Civil Veterinary Dept. North-West Frontier Province 1901-22 - 1901-1922
Year: 1901
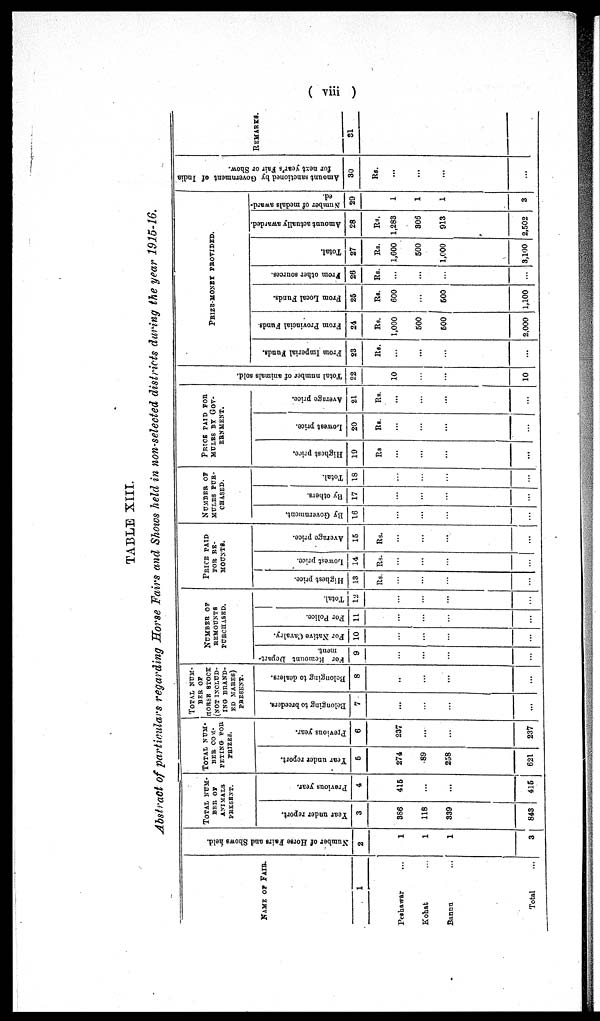
( viii )
TABLE XIII.
Abstract of particulars regarding Horse Fairs and Shows held in non-selected districts during the year 1915-16.
NAME OF FAIR.
1
Peshawar ...
Kohat ...
Banna
...
Total
...
Number
of Horse Faire and Shows held.
2
1
1
1
3
TOTAL NUM-
BER OF
ANIMALS
PRESENT.
Year under report.
3
386
118
339
843
Previous year.
4
415
...
...
415
TOTAL NUM-
BER COM-
PETING FOR
PRIZES.
Tear under report.
6
274
89
238
621
Previous year.
6
237
...
...
237
TOTAL NUM-
BER OF
HORSE STOCK
(NOT
INCLUD-
---
BRAND-
ED MARES)
PRESENT.
Belonging
to breeders.
7
...
...
...
...
Belonging to dealers.
8
..
...
...
...
NUMBER OF
REMOUNTS
PURCHASED.
For Remount Depart-
ment.
9
...
...
...
...
For Native Cavalry.
10
...
...
...
...
For Police.
11
...
...
...
...
Total.
12
...
...
...
...
PRICE PAID
FOR RE-
MOUNTS.
Highest price.
13
Rs.
...
...
...
...
Lowest price.
14
Rs.
...
...
...
...
Average price.
15
Rs.
...
...
...
...
NUMBER OF
MULES PUR-
CHASED.
By Government.
16
...
...
...
...
By others.
17
...
...
...
...
Total.
18
...
...
...
...
PRICE PAID FOR
MULES
BY
GOV-
ERNMENT.
Highest price.
19
Rs
...
...
...
...
Lowest price.
20
Rs.
...
...
...
...
Average price.
21
Rs.
...
...
...
...
Total number of animals sold.
22
10
...
...
10
PRIZE-MONEY
PROVIDED.
From Imperial Funds.
23
Rs.
...
...
...
...
From Provincial Funds.
24
Rs.
1,000
500
500
2,000
From Local Funds.
25
Rs.
600
...
500
1,100
From other sources.
26
Rs.
...
...
...
...
Total.
27
Rs.
1,600
500
1,000
3,100
Amount actually awarded.
28
Rs.
1,283
306
913
2,502
Number of medals award-
ed.
29
1
1
1
3
Amount sanctioned by Government of India
for next year's Fair or Show.
30
Rs.
...
...
...
...
REMARKS.
31